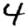
Digit: 4